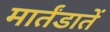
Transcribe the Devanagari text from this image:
मार्तंडातें